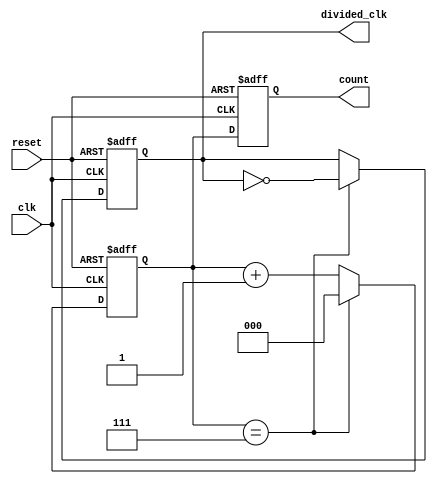
module divide_by_n_counter #(
    parameter N = 8 // Default value of N, can be overridden
) (
    input wire clk,
    input wire reset,
    output reg [clog2(N)-1:0] count, // Counter output
    output reg divided_clk // Output clock
);

// Function to calculate log2
function integer clog2;
    input integer value;
    begin
        clog2 = 0;
        while (2**clog2 < value) begin
            clog2 = clog2 + 1;
        end
    end
endfunction

// Internal counter
reg [clog2(N)-1:0] counter;

always @(posedge clk or posedge reset) begin
    if (reset) begin
        counter <= 0;
        count <= 0;
        divided_clk <= 0;
    end else begin
        if (counter == (N - 1)) begin
            counter <= 0;
            divided_clk <= ~divided_clk; // Toggle divided clock
        end else begin
            counter <= counter + 1;
        end
        count <= counter; // Update count output
    end
end

endmodule